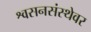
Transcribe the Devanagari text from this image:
श्वसनसंस्थेवर